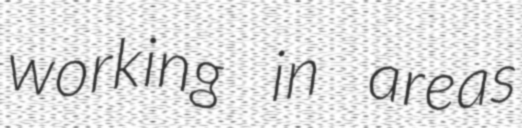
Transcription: working in areas